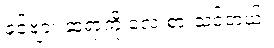
ခင်ဗျား ဆရာ့ကို လေးစားသင့်တယ်။